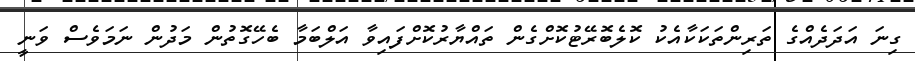
ގިނަ އަދަދެއްގެ ތަރިންތަކަކާއެކު ކޮލެބޮރޭޓުކޮށްގެން ތައްޔާރުކޮށްފައިވާ އަލްބަމާ ބެހޭގޮތުން މަދުން ނަމަވެސް ވަނީ